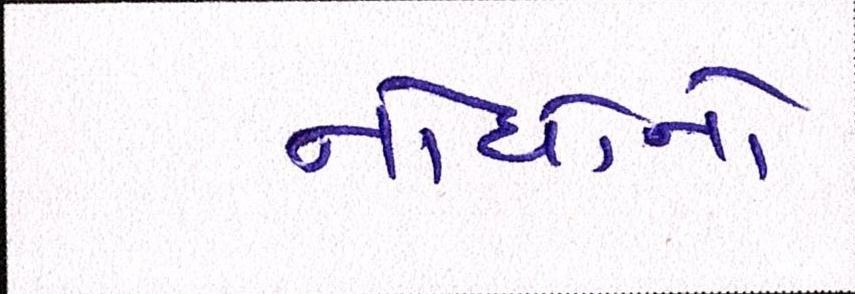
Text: નોંધોનો